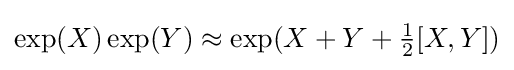
\exp(X)\exp(Y)\approx \exp(X+Y+{\tfrac {1}{2}}[X,Y])